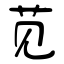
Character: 苋